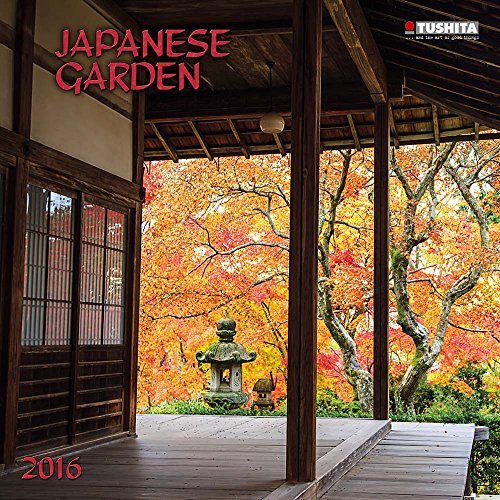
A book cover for Japanese Garden (160159) (English, Spanish, French, Italian and German Edition); Tushita; Calendars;